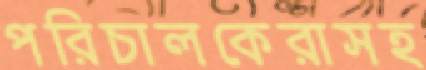
পরিচালকেরাসহ